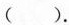
()。第8题图EOl x0x Ol xo xA BOl xo x Ol x0xC D